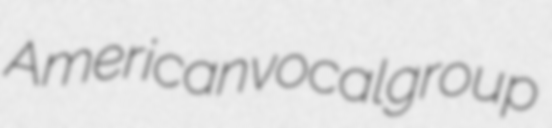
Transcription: American vocal group